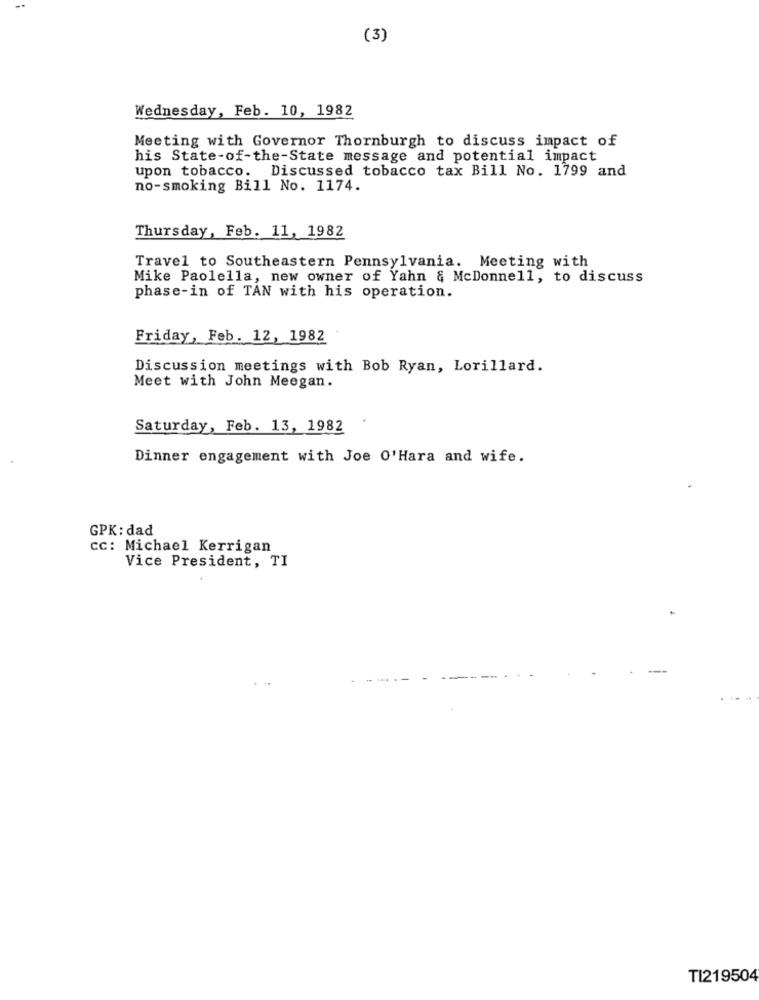
(3)
Wednesday, Feb. 10, 1982
Meeting with Governor Thornburgh to discuss impact of
his State-of-the-State message and potential impact
upon tobacco. Discussed tobacco tax Bill No. 1799 and
no-smoking Bill No. 1174.
Thursday, Feb. 11, 1982
Travel to Southeastern Pennsylvania. Meeting with
Mike Paolella, new owner of Yahn & McDonnell, to discuss
phase-in of TAN with his operation.
Friday, Feb. 12, 1982
Discussion meetings with Bob Ryan, Lorillard.
Meet with John Meegan.
Saturday, Feb. 13, 1982
Dinner engagement with Joe O'Hara and wife.
GPK: dad
CC: Michael Kerrigan
Vice President, TI
TI219504